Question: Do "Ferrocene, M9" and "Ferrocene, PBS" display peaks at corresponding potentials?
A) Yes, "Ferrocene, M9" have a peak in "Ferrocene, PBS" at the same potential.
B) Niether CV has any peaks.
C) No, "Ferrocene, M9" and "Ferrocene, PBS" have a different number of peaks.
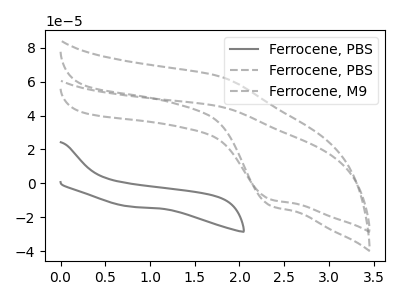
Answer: <think>The gray curve "Ferrocene, PBS" has no peaks. The gray dashed curve "Ferrocene, PBS" has an anodic peak at (1.75V, 63.40uA) and a cathodic peak at (2.35V, -13.05uA). The gray dashed curve "Ferrocene, M9" has an anodic peak at (1.75V, 45.60uA) and a cathodic peak at (2.35V, -9.35uA).</think>
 <answer>A) Yes, "Ferrocene, M9" have a peak in "Ferrocene, PBS" at the same potential.</answer>
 <eval>A</eval>